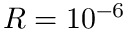
R = 1 0 ^ { - 6 }